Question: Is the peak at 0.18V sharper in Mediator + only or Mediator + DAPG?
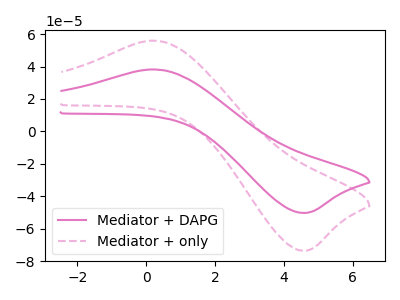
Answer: <think>The pink curve "Mediator + DAPG" has an anodic peak at (0.20V, 38.20uA) and a cathodic peak at (4.50V, -50.25uA). The pink dashed curve "Mediator + only" has an anodic peak at (0.20V, 55.95uA) and a cathodic peak at (4.50V, -73.60uA).</think>
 <answer>The peak at 0.18V is higher in "Mediator + only" than in "Mediator + DAPG".</answer>
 <eval>higher</eval>